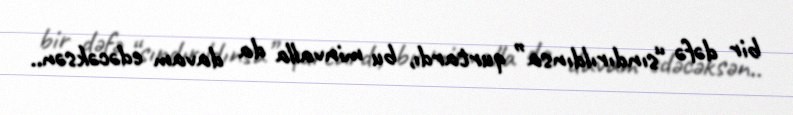
bir dəfə “sındırıldınsa” qurtardı, bu minvalla da davam edəcəksən..